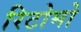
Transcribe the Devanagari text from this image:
रिटोमो